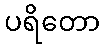
ပရိတော